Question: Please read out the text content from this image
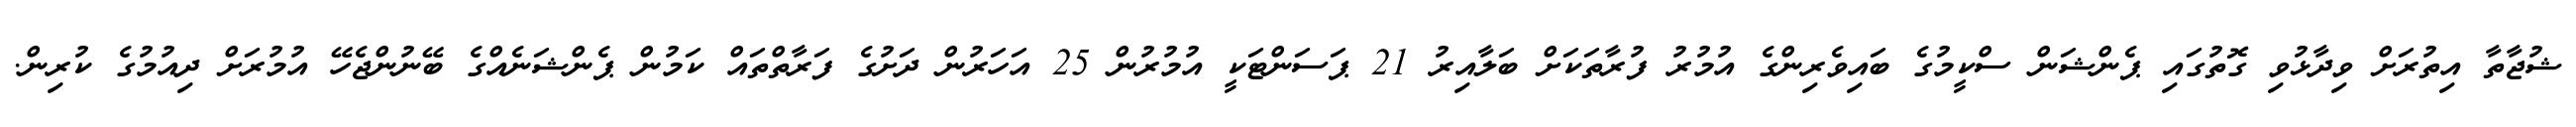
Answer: ޝުޖާތާ އިތުރަށް ވިދާޅުވި ގޮތުގައި ޕެންޝަން ސްކީމުގެ ބައިވެރިންގެ އުމުރު ފުރާތަކަށް ބަލާއިރު 21 ޕަސަންޓަކީ އުމުރުން 25 އަހަރުން ދަށުގެ ފަރާތްތައް ކަމުން ޕެންޝަނެއްގެ ބޭނުންޖެހޭ އުމުރަށް ދިއުމުގެ ކުރިން.